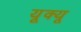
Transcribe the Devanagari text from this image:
यूक्यू